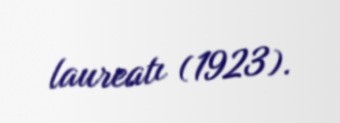
laureatı (1923).